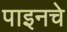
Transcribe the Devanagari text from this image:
पाइनचे